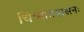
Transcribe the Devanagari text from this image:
चिन्मात्रवासनः